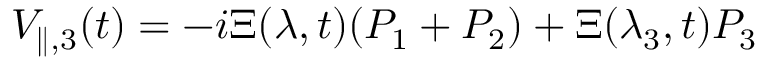
V _ { \parallel , 3 } ( t ) = - i \Xi ( \lambda , t ) ( P _ { 1 } + P _ { 2 } ) + \Xi ( \lambda _ { 3 } , t ) P _ { 3 }